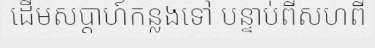
ដើមសប្តាហ៍កន្លងទៅ បន្ទាប់ពីសហពី